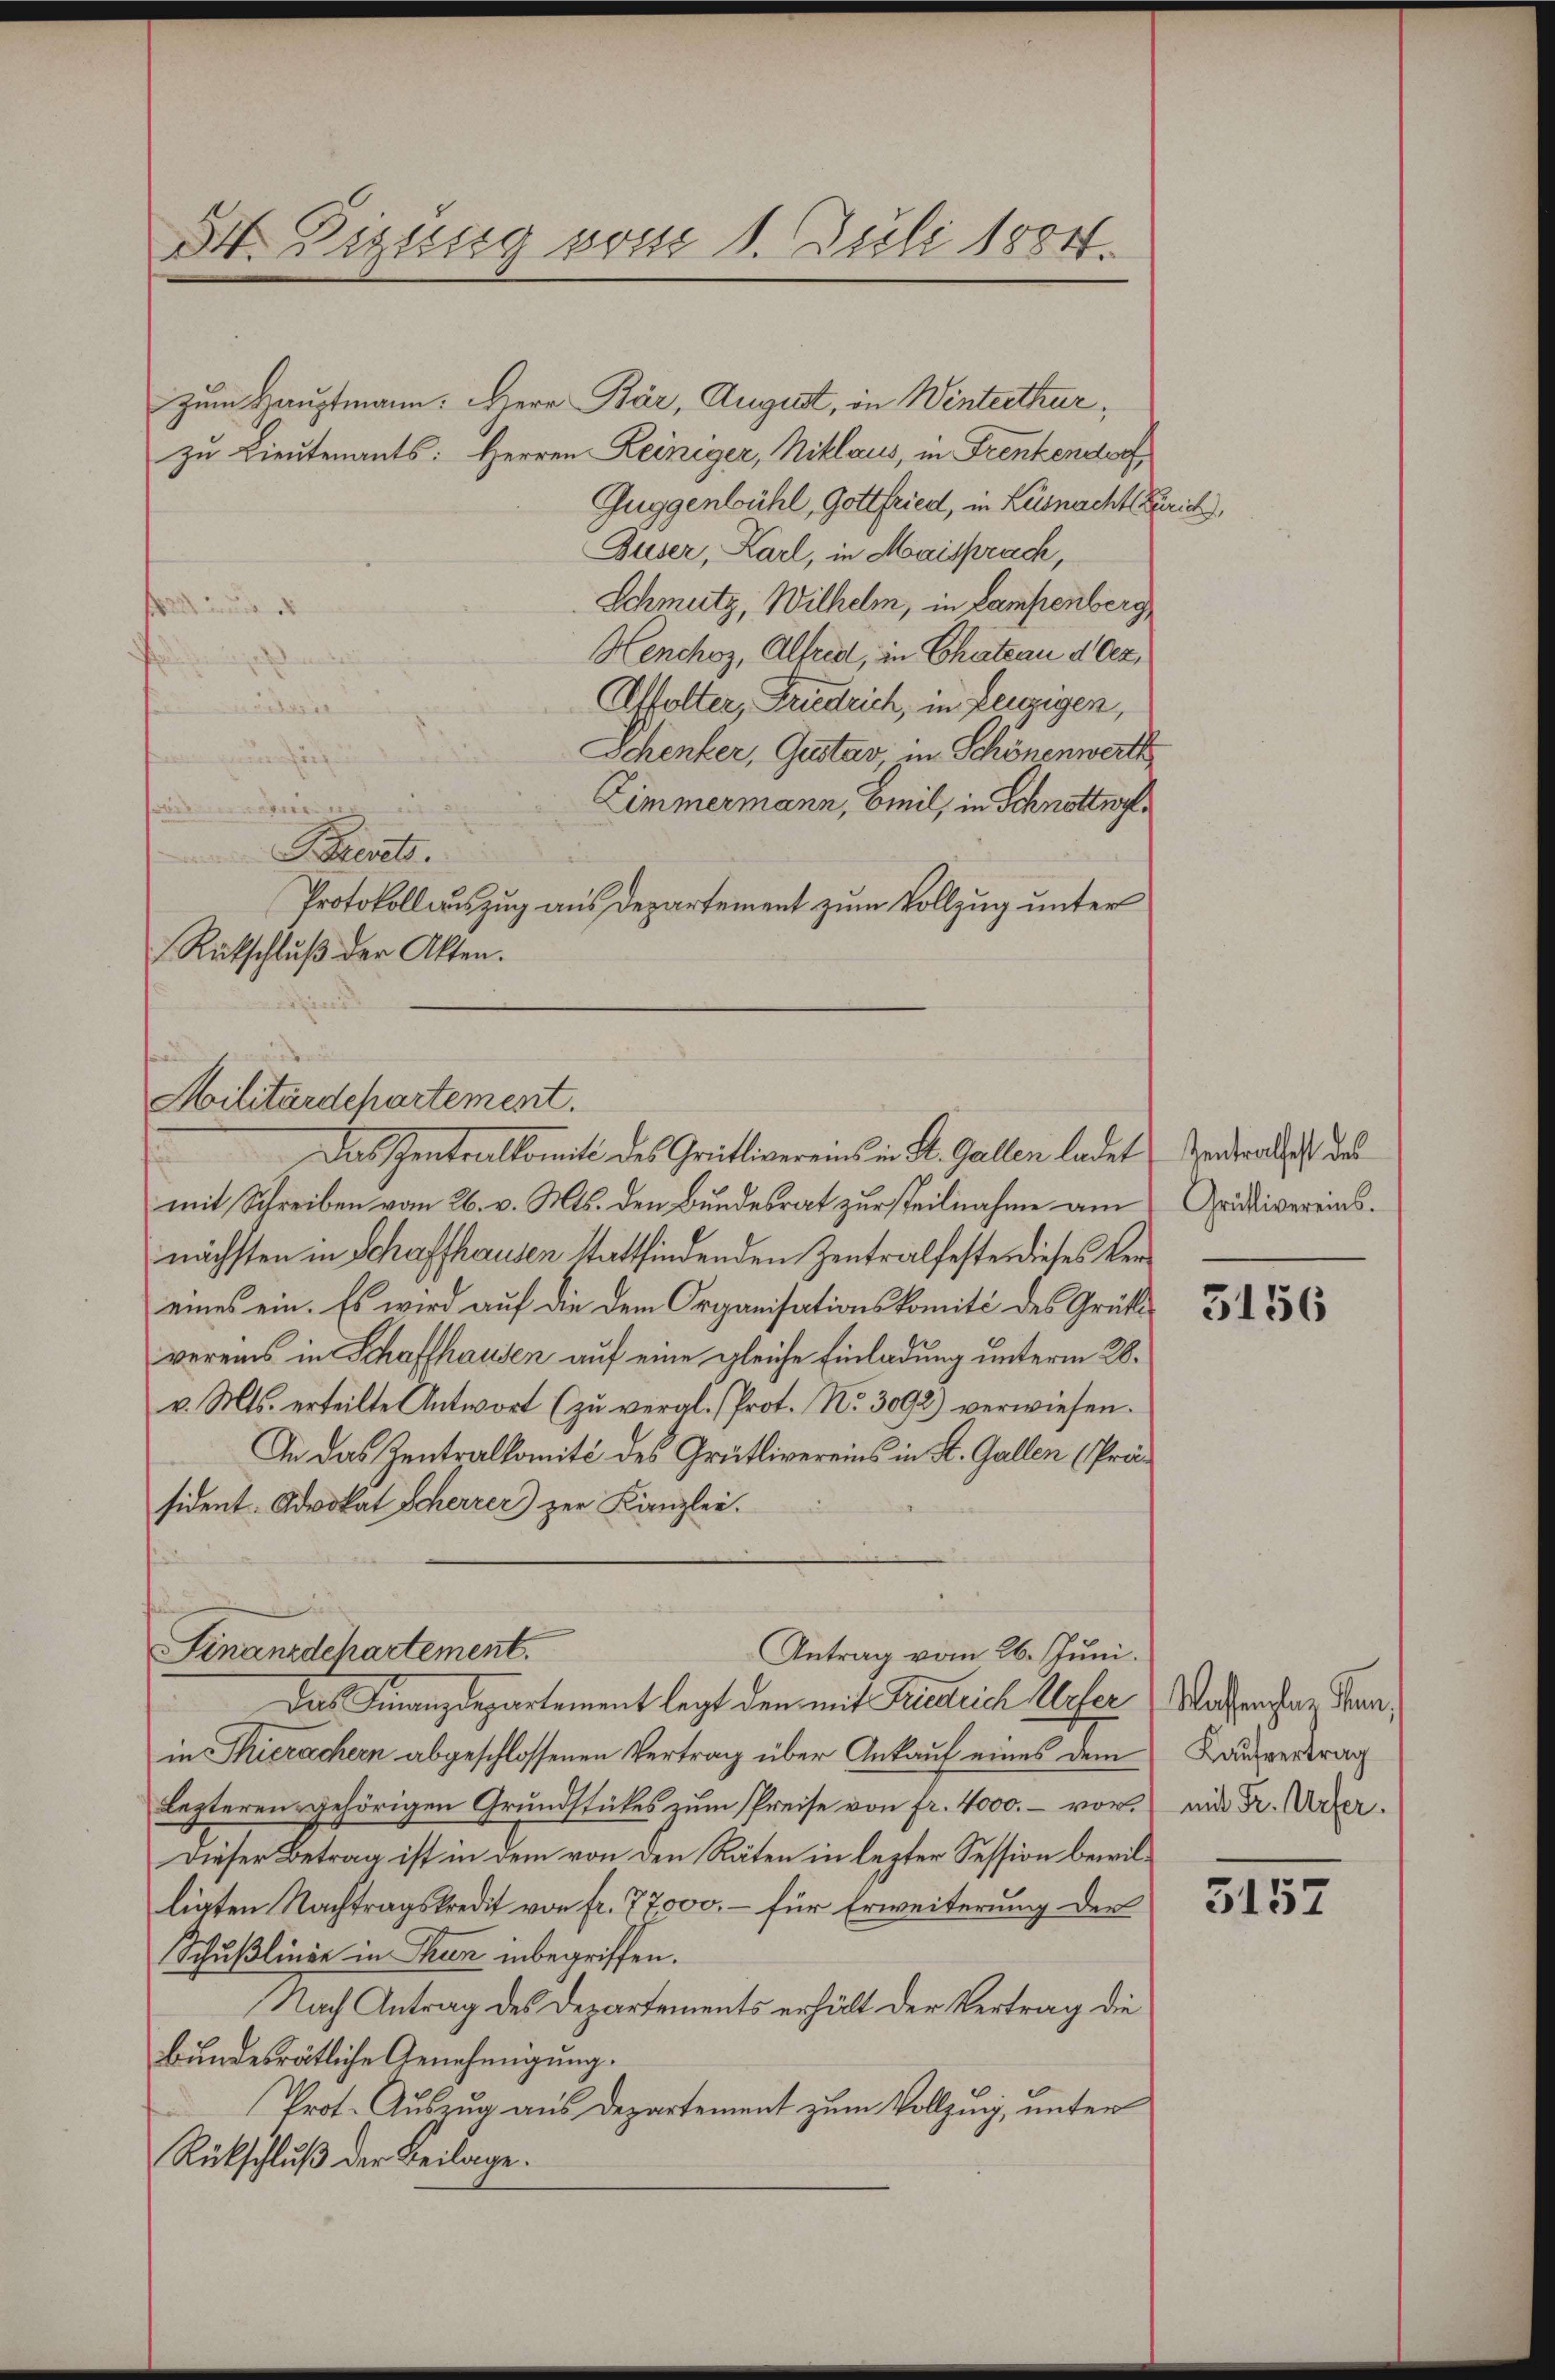
W. Tigung vom 1. Juli 1884.

zum Hauptmann. Herr Bär, August, in Winterthur,
zu Lieutenants: Herren Reiniger, Niklaus, in Frenkendorf
Guggenbühl, Gottfried, in Küsnacht zur
Buser, Karl, in Maisprach,
Schmutz, Wilhelm, in Lampenberg,
nu
Henchoz, Alfred, in Chateau d. Oer¬
Affolter, Friedrich, in Leuzigen,
Schenker, Gustav in Schönenwerth
Zimmermann, Emil, in Schnottne
Biedet.
Protokollauszug aus Departement zum Vollzug unter
Rutschluß der Akten.
mit Schreiben vom 26. v. Mts. den Bundesrat zur Teilnahme am
nächsten in Schaffhausen stattfindenden Zentralfeste dieses Vereines ein. Es wird auf die dem Organisationskomité des Grütvereins in Schaffhausen auf eine gleiche Einladung unterm 28.
v. Mts. erteilte Antwort (zu veral-Prot. No. 3092) verwiesen.
In das Zentralkomité des Grütlivereins in St. Gallen (Präsident. Advokat Scherrer) zur Kanzlei.
Finanzdchartement.
Antrag vom 26. Juni.
Das Finanzdepartement legt den mit Friedrich Unfer
in Thierachern abgeschlossenen Vertrag über Ankauf eines dem
lezteren gehörigen Grundstückes zum Preise von fr. 4000. – vor.
Dieser Betrag ist in dem von den Räten in lezter Session bewilligten Nachtragskredit von fr. 77,000.- für Erweiterung der
Schußlinie in Thun inbegriffen.
Nach Antrag des Departements erhält der Vertrag die
bundesrätliche Genehmigung.
Prot. Auszug aus Departement zum Vollzing, unter
Rückschluß der Beilage.

Militärdepartement.
Das entralkomit des Grütlivereins in St. Gallen ladet

ni,

Zentralfest des
Grütlivereins.

3156

Wassengler Kan
Kaufvertrag
mit Fr. Urfer.

3157